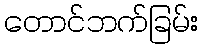
တောင်ဘက်ခြမ်း